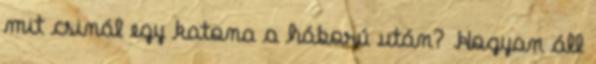
mit csinál egy katona a háború után? Hogyan áll